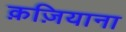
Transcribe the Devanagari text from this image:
क़ज़ियाना